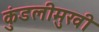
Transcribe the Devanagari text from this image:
कुंडलीमुखी